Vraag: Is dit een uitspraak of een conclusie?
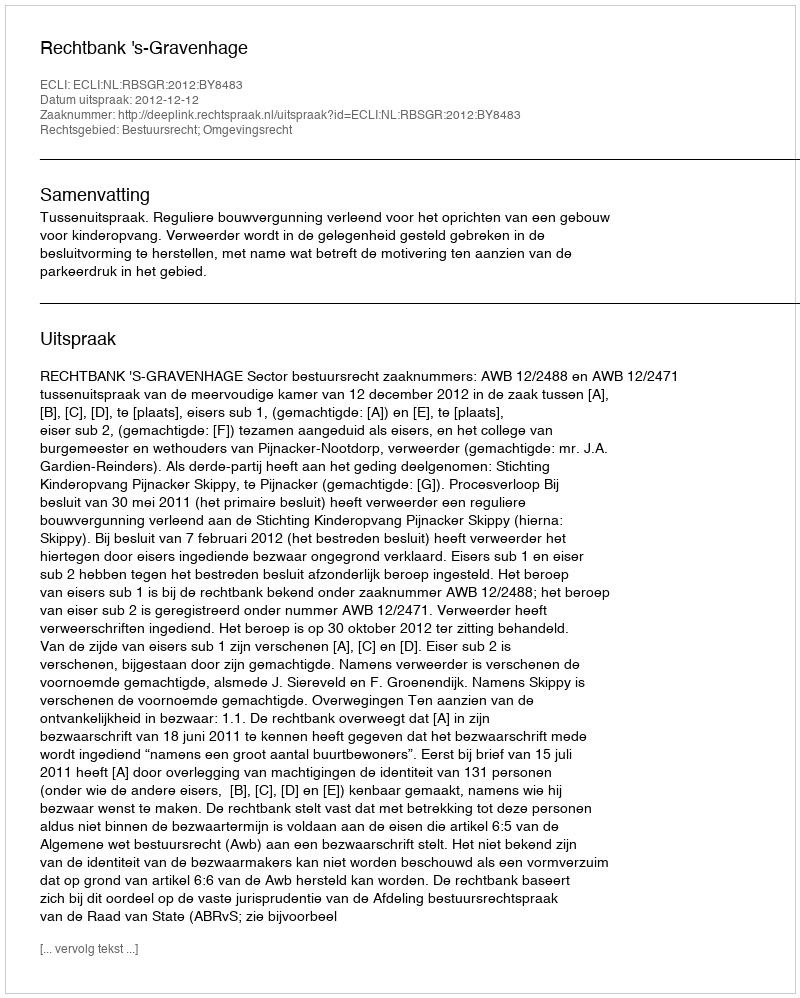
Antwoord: Uitspraak